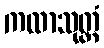
ကထာသုတ္တံ